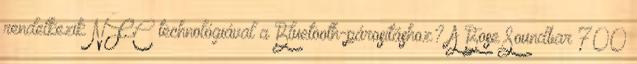
rendelkezik NFC technológiával a Bluetooth-párosításhoz? A Bose Soundbar 700